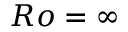
R o = \infty